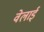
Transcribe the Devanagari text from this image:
वेलाई